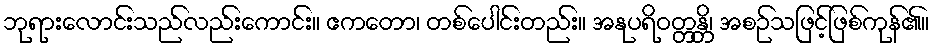
ဘုရားလောင်းသည်လည်းကောင်း။ ဧကတော၊ တစ်ပေါင်းတည်း။ အနုပရိဝတ္တန္တိ၊ အစဉ်သဖြင့်ဖြစ်ကုန်၏။